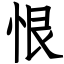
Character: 恨